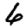
Digit: 6